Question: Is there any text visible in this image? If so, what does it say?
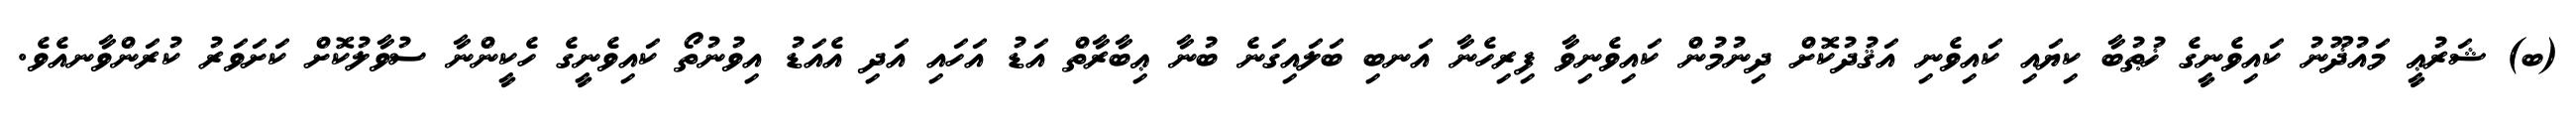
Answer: (ބ) ޝަރުޢީ މައުޛޫނު ކައިވެނީގެ ޚުޠުބާ ކިޔައި ކައިވެނި އަޤުދުކޮށް ދިނުމުން ކައިވެނިވާ ފިރިހެނާ އަނބި ބަލައިގަނެ ބުނާ ޢިބާރާތް އަޑު އަހައި އަދި އެއަޑު އިވުނުތޯ ކައިވެނީގެ ހެކީންނާ ސުވާލުކޮށް ކަށަވަރު ކުރަންވާނއެވެ.